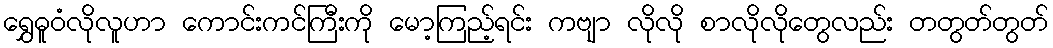
ရွှေဓူဝံလိုလူဟာ ကောင်းကင်ကြီးကို မော့ကြည့်ရင်း ကဗျာ လိုလို စာလိုလိုတွေလည်း တတွတ်တွတ်